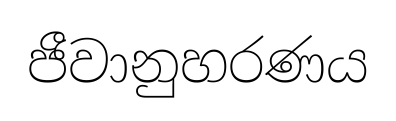
ජීවානුහරණය